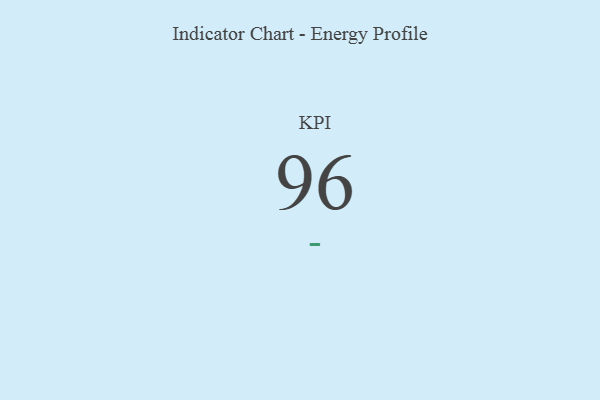
{"axis": {"x": "KPI", "y": "Value"}, "legend": [""], "data": [{"x": "KPI", "y": 96, "type": ""}]}